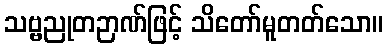
သဗ္ဗညုတဉာဏ်ဖြင့် သိတော်မူတတ်သော။